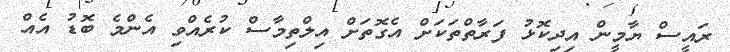
ރައީސް ޔާމީން އިދިކޮޅު ފަރާތްތަކަށް އެގޮތަށް އިލްތިމާސް ކުރެއްވި އެންމެ ބޮޑު އެއް